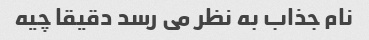
نام جذاب به نظر می رسد دقیقا چیه